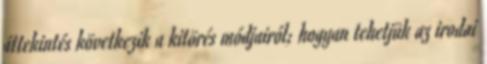
áttekintés következik a kitörés módjairól; hogyan tehetjük az irodai